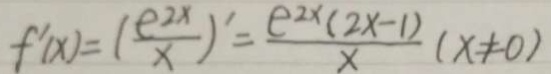
f ^ { \prime } ( x ) = ( \frac { e ^ { 2 x } } { x } ) ^ { \prime } = \frac { e ^ { 2 x } ( 2 x - 1 ) } { x } ( x \neq 0 )